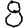
Digit: 8